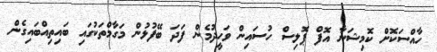
ހާއްސަކޮށް ކޮމިޝަނާ އޮފް ޕޮލިސް ހުސައިން ވަހީދުމެން ފަދަ ބޭފުޅުން މަގާމްތަކުގައި ބައިތިއްބައިގެން